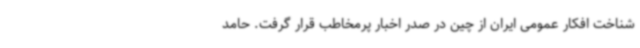
شناخت افکار عمومی ایران از چین در صدر اخبار پرمخاطب قرار گرفت. حامد